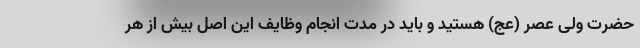
حضرت ولی عصر (عج) هستید و باید در مدت انجام وظایف این اصل بیش از هر